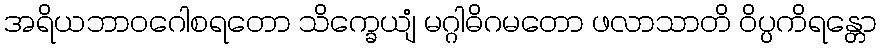
အရိယဘာဝဂေါစရတော သိက္ခေယျံ မဂ္ဂါဓိဂမတော ဖလာသာတိ ဝိပ္ပကိရန္တော